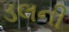
ડલની